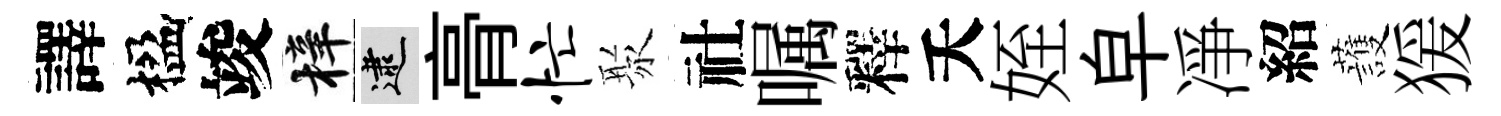
譯楹竣梓逮𮌔忙聚社嘱釋夭姪皁凈紹䕶猨